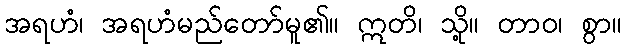
အရဟံ၊ အရဟံမည်တော်မူ၏။ ဣတိ၊ သို့။ တာဝ၊ စွာ။